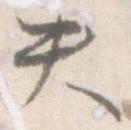
失